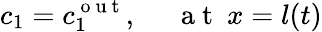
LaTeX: c_{1}=c_{1}^{\mathrm{~o~u~t~}},~~~~~\mathrm{~a~t~}~x=l(t)